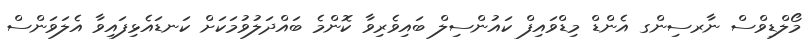
މޯލްޑިވްސް ނާރސިންގ އެންޑް މިޑްވައިފް ކައުންސިލް ބައިވެރިވާ ކޮންމެ ބައްދަލުވުމަކަށް ކަނޑައެޅިފައިވާ އެލަވަންސް